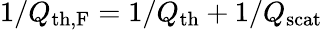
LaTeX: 1/Q_{\mathrm{th,F}}=1/Q_{\mathrm{th}}+1/Q_{\mathrm{scat}}